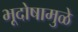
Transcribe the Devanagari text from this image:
भूदोषामुळे